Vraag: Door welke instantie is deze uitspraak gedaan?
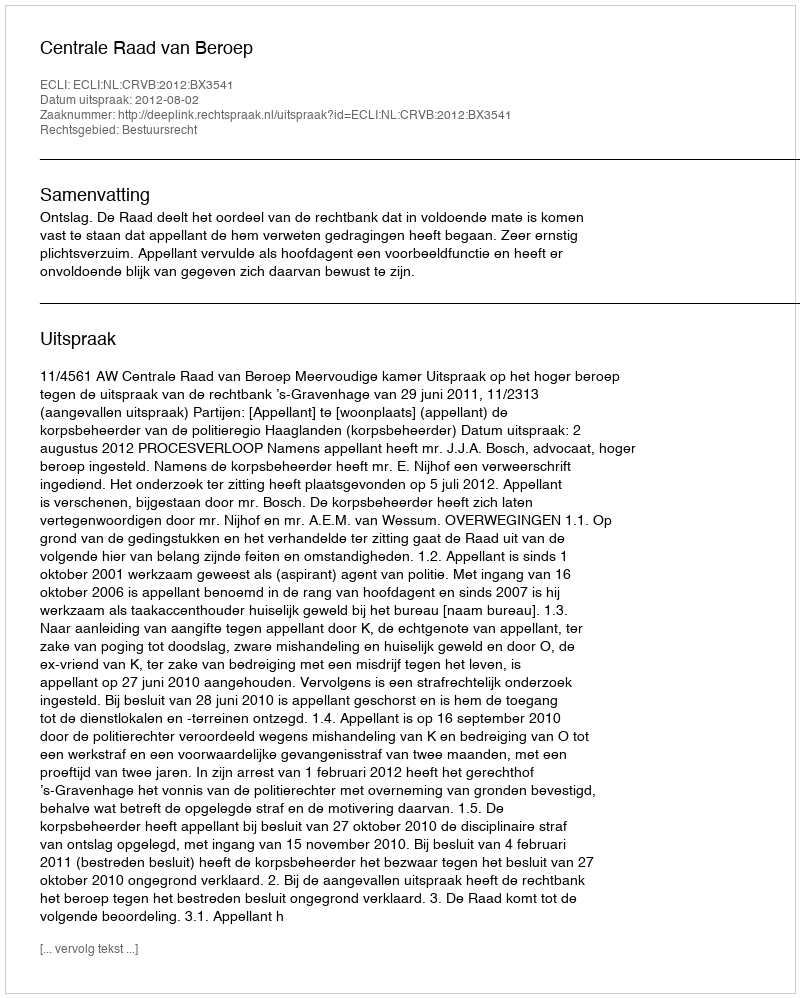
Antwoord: Centrale Raad van Beroep